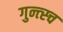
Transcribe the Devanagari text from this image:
गुन्त्स्च